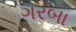
ગરબા